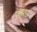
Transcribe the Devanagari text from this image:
फ्लशड